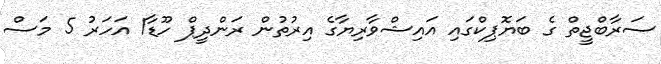
ސަރާބްޖީތް ގެ ބަޔޮޕިކްގައި އައިޝްވާރިޔާގެ އިރުތުން ރަންދީޕް ހޫޑާ1 އަހަރު 5 މަސް